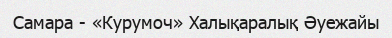
Самара - «Курумоч» Халықаралық Әуежайы